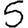
Digit: 5